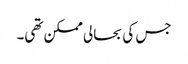
جس کی بحالی ممکن تھی۔